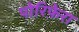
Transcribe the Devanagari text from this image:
पोरिफ़ेरा